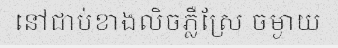
នៅជាប់ខាងលិចភ្លឺស្រែ ចម្ងាយ